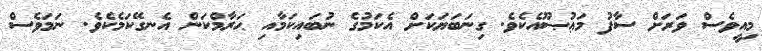
މިއީވެސް ވަރަށް ސާފު މަޢުޞޫއެކެވެ. ގިނަބަޔަކަށް އެކަމުގެ ނުބައިކަމާއި ޙަރާމްކަން އެނގޭކަމެކެވެ. ނަމަވެސް